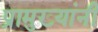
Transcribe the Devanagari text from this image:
प्रामुख्यांनी